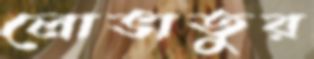
লোভাতুর